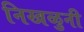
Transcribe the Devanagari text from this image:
निखळुनी